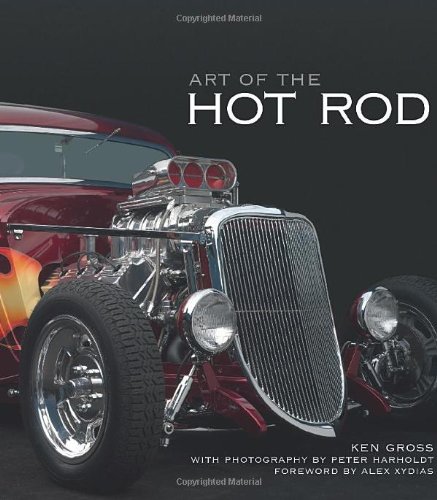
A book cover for Art of the Hot Rod; Ken Gross; Crafts, Hobbies & Home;